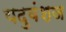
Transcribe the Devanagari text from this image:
यदुवंशज